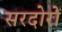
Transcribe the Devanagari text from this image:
सरदोरों